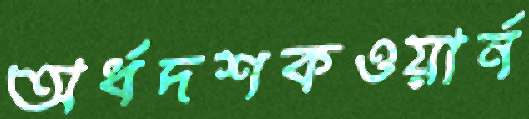
অর্ধদশকওয়ার্ন